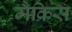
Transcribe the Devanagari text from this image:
मैक्रिस